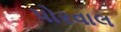
પોરવાલ